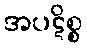
အပဋိစ္စ